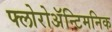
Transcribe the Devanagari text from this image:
फ्लोरोअॅन्टिमनिक